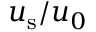
u _ { \mathrm { s } } / u _ { 0 }